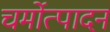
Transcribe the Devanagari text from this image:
चर्मोत्पादन